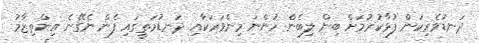
ދަނޑުވެރިކަން ފުޅާކުރުމަށް ބިން ލިބެން ހުންނަ މިންވަރަކާއި ދަނޑުމަތީގައި ފެން ނެގޭނެ އިންތިޒާމު